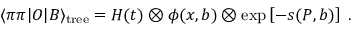
\langle \pi \pi | O | B \rangle _ { \mathrm { t r e e } } = H ( t ) \otimes \phi ( x , b ) \otimes \exp \left[ - s ( P , b ) \right] \; .